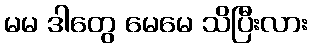
မမ ဒါတွေ မေမေ သိပြီးလား